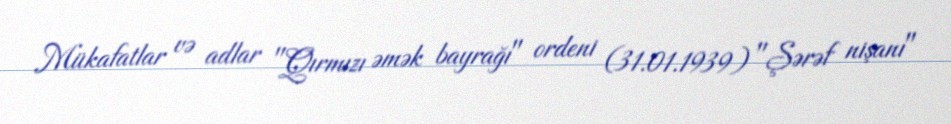
Mükafatlar və adlar "Qırmızı əmək bayrağı" ordeni (31.01.1939) "Şərəf nişanı"